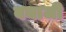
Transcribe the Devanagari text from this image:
बयाजी